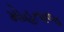
મોહતાજ